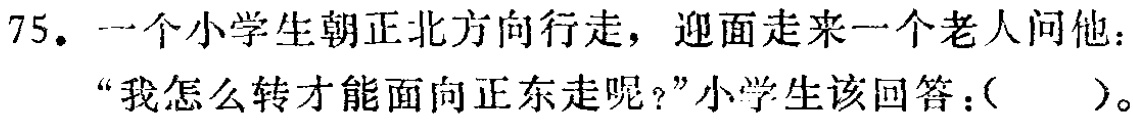
75. 一个小学生朝正北方向行走，迎面走来一个老人问他：“我怎么转才能面向正东走呢？”小学生该回答：(  )。